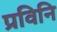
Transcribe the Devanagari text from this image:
प्रविनि